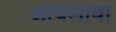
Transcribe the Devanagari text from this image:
ओयेलोवो